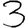
Digit: 3